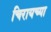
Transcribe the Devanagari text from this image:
चिरायच्या